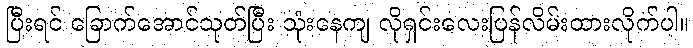
ပြီးရင် ခြောက်အောင်သုတ်ပြီး သုံးနေကျ လိုရှင်းလေးပြန်လိမ်းထားလိုက်ပါ။